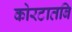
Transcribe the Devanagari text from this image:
कोरटातबि